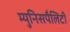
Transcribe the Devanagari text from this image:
म्युनिसपैलिटी